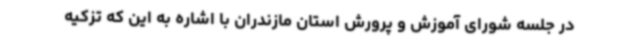
در جلسه شورای آموزش و پرورش استان مازندران با اشاره به این که تزکیه